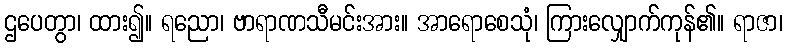
ဌပေတွာ၊ ထား၍။ ရညော၊ ဗာရာဏသီမင်းအား။ အာရောစေသုံ၊ ကြားလျှောက်ကုန်၏။ ရာဇာ၊